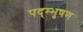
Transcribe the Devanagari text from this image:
पद्म्भुषण